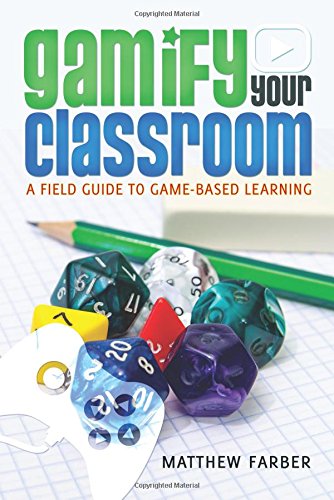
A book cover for Gamify Your Classroom: A Field Guide to Game-Based Learning (New Literacies and Digital Epistemologies); Matthew Farber; Education & Teaching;